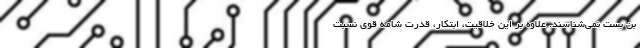
بن بست نمی‌شناسند. علاوه بر این خلاقیت، ابتکار، قدرت شامه قوی نسبت